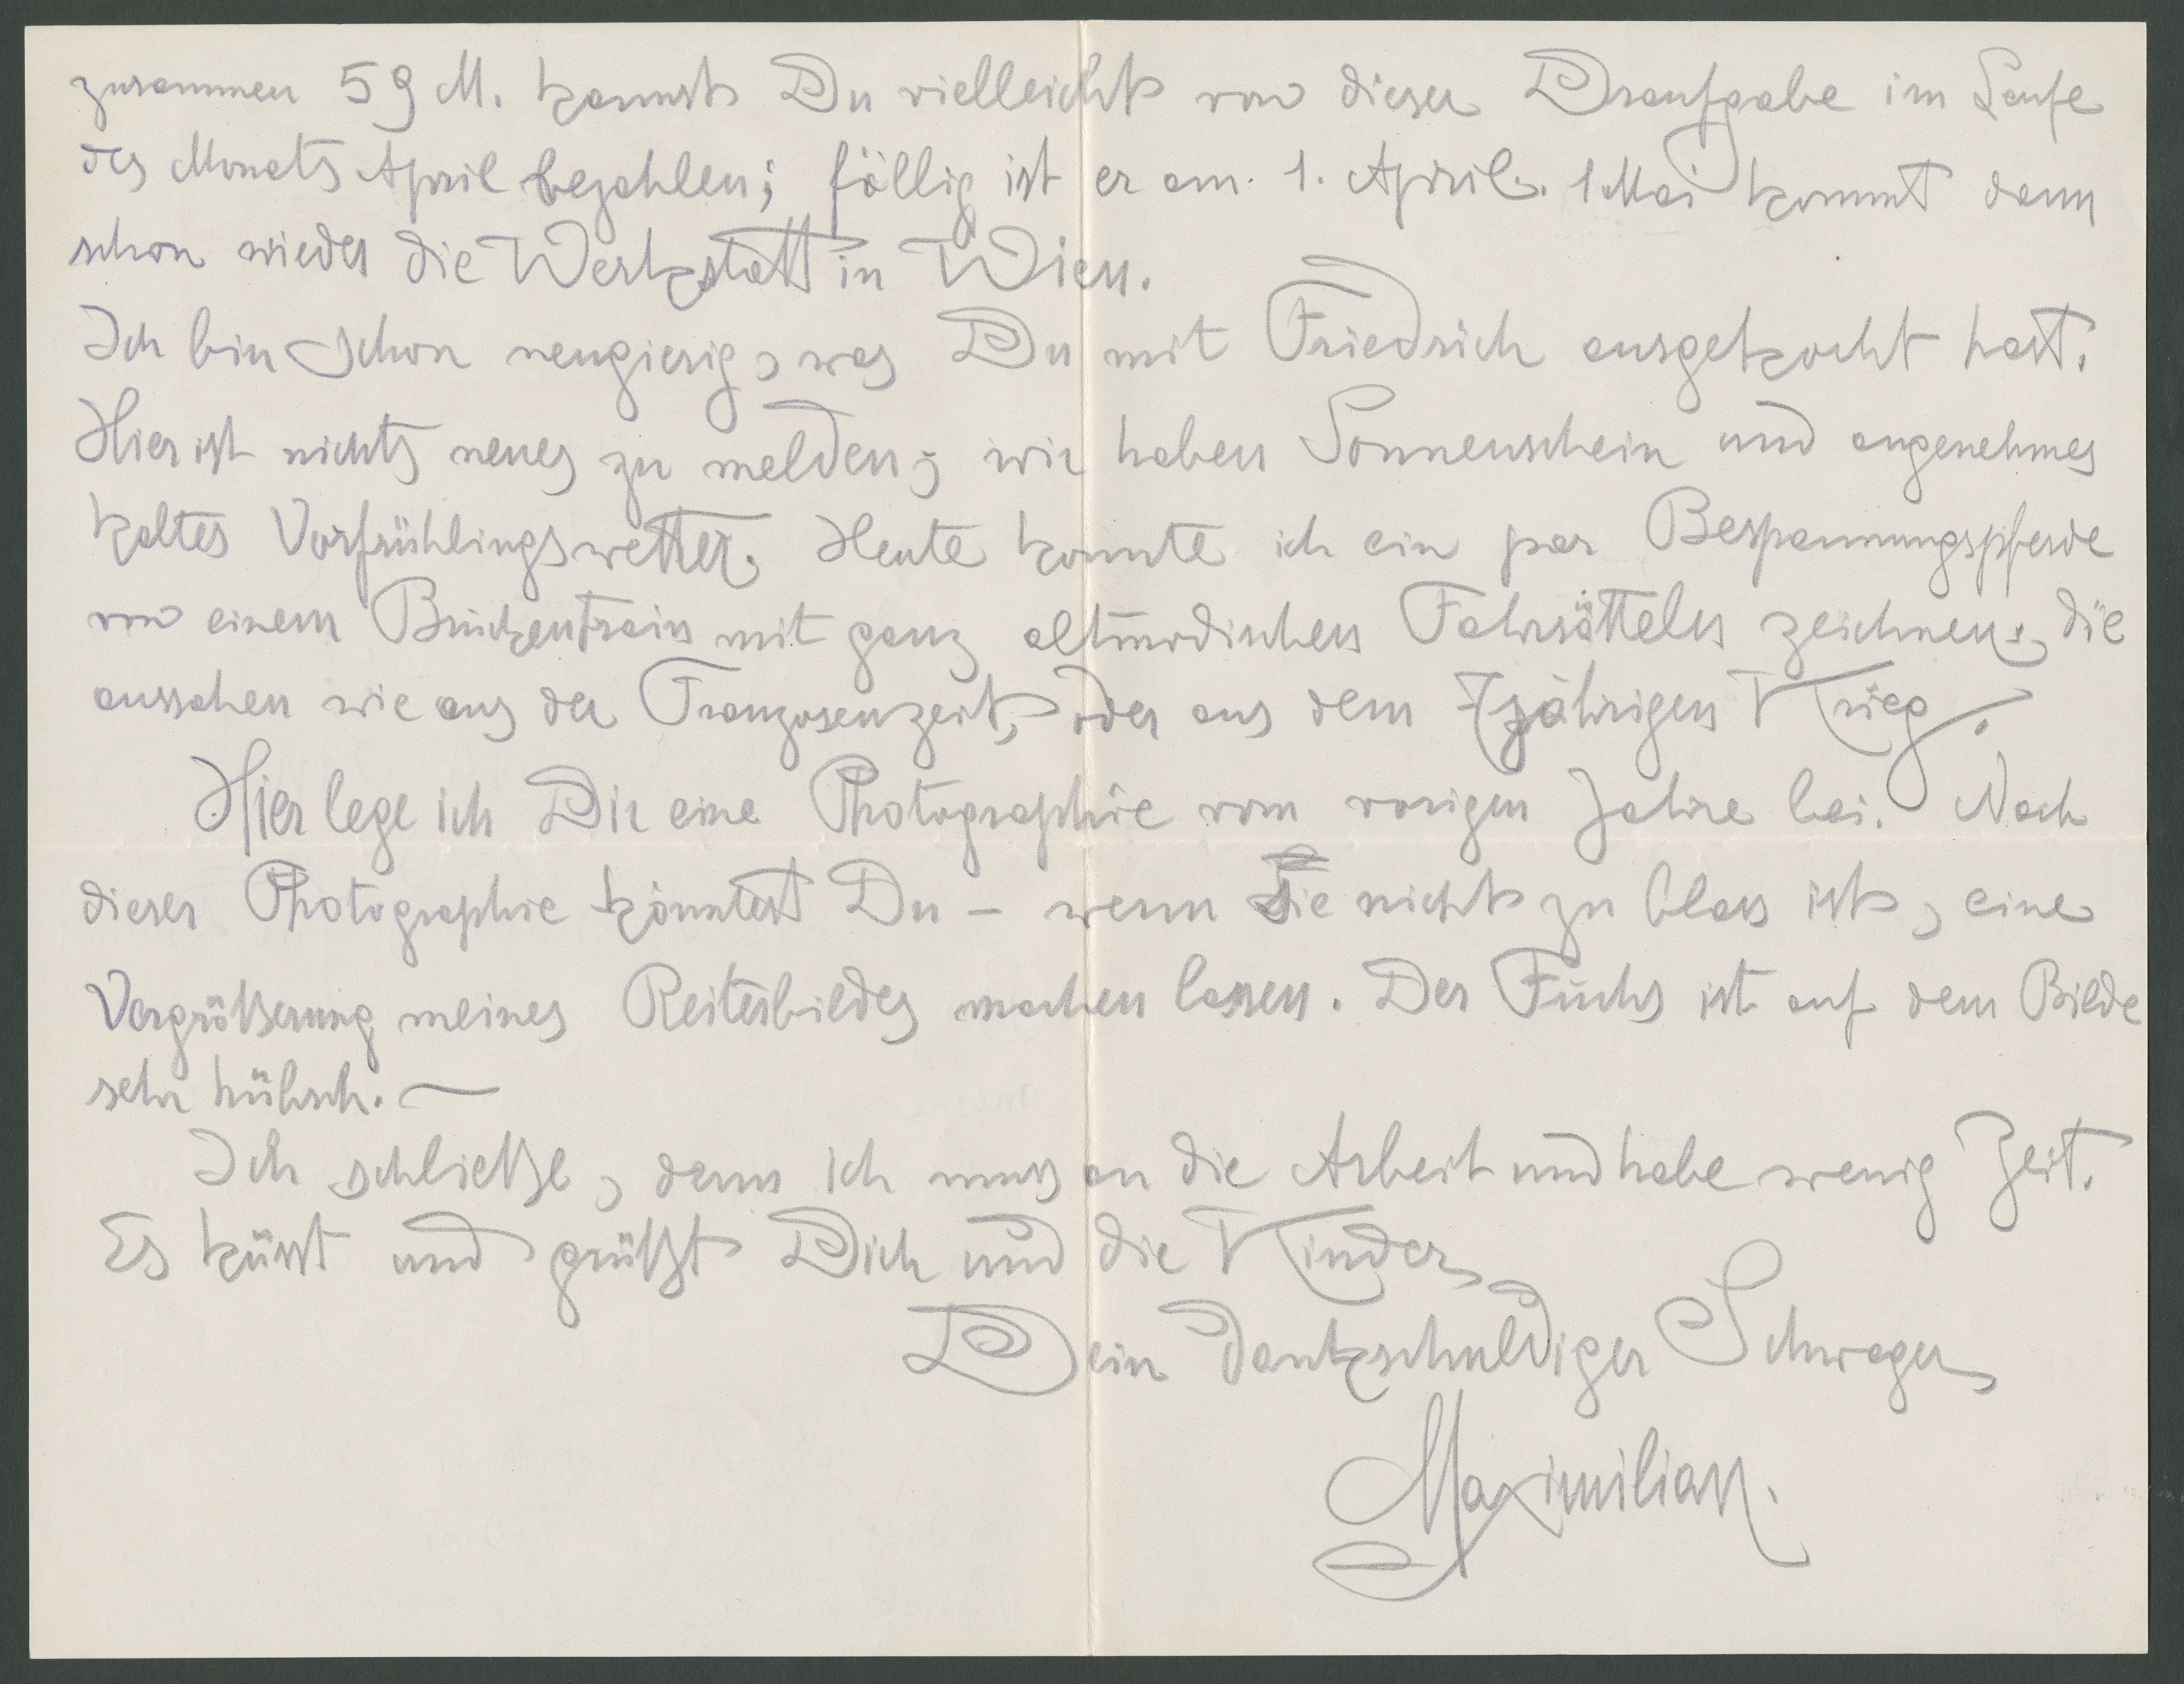
zusammen 59 M. kannst Du vielleicht von dieser Draufgabe im Laufe
des Monats April bezahlen; fällig ist er am 1. April. 1. Mai kommt dann
schon wieder die Werkstatt in Wien.
Ich bin schon neugierig, was Du mit Friedrich ausgekocht hast.
Hier ist nichts neues zu melden, wir haben Sonnenschein und angenehmes
kaltes Vorfrühlingswetter. Heute konnte ich ein par Bespannungspferde
von einem Brückentram mit ganz altmodischen Fahrsätteln zeichnen, die
aussahen wie aus der Franzosenzeit, oder aus dem 7jährigen Krieg.
Hier lege ich Dir eine Photographie vom vorigen Jahre bei. Nach
dieser Photographie könntest Du - wenn sie nicht zu blass ist, eine
Vergrößerung meines Reiterbildes machen lassen. Der Fuchs ist auf dem Bilde
sehr hübsch.
Ich schließe, denn ich muss an die Arbeit und habe wenig Zeit.
Es küsst und grüßt Dich und die Kinder
Dein dankschuldiger Schwager,
Maximilian.